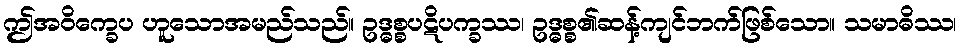
ဤအဝိက္ခေပ ဟူသောအမည်သည်။ ဥဒ္ဓစ္စပဋိပက္ခဿ၊ ဥဒ္ဓစ္စ၏ဆန့်ကျင်ဘက်ဖြစ်သော။ သမာဓိဿ၊